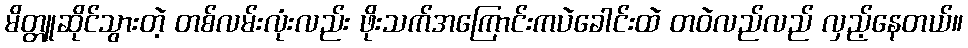
မိတ္တူဆိုင်သွားတဲ့ တစ်လမ်းလုံးလည်း ဖိုးသက်အကြောင်းကပဲခေါင်းထဲ တဝဲလည်လည် လှည့်နေတယ်။